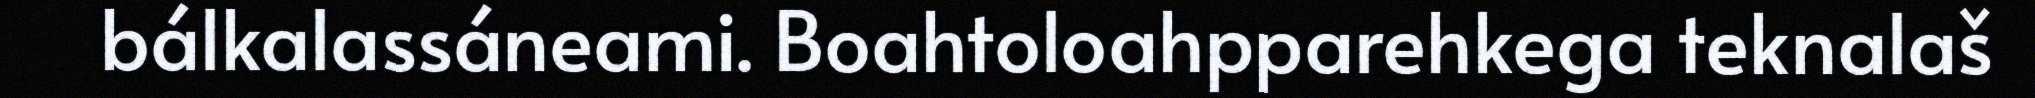
bálkalassáneami. Boahtoloahpparehkega teknalaš